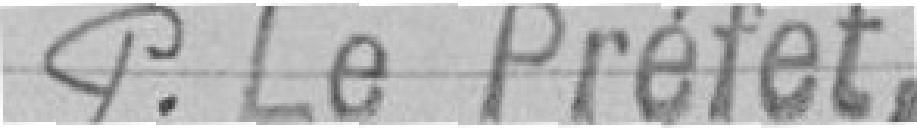
Pour le Préfet,